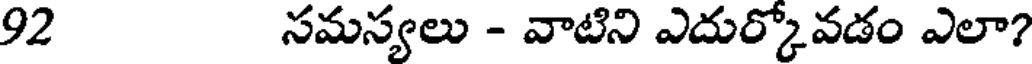
92 సమస్యలు - వాటిని ఎదుర్కోవడం ఎలా?